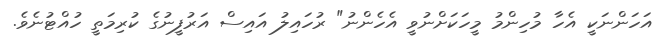
އަހަންނަކީ އެހާ މުހިންމު މީހަކަށްނުވީ އެހެންނު" ރުހައިލު އައިސް އަރުފީނުގެ ކުރިމަތީ ހުއްޓުނެވެ.